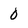
Character: 0